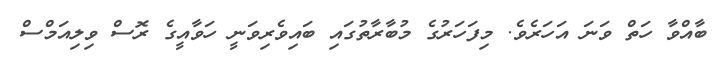
ބާއްވާ ހަތް ވަނަ އަހަރެވެ. މިފަހަރުގެ މުބާރާތުގައި ބައިވެރިވަނީ ހަވާއީގެ ރޮސް ވިލިއަމްސް